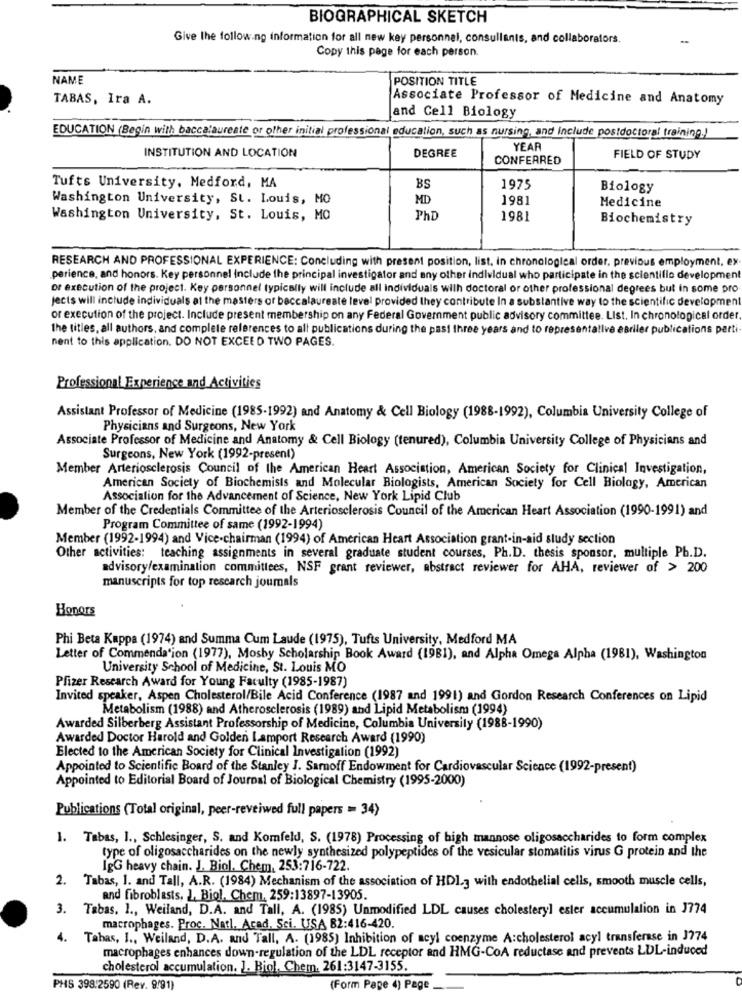
BIOGRAPHICAL SKETCH
Give the following information for all new key personnel, consullants, and collaborators.
Copy this page for each person.
NAME
POSITION TITLE
TABAS, Ira A.
Associate Professor of Medicine and Anatomy
and Cell Biology
EDUCATION (Begin with baccalaureate or other initial professional education, such as nursing, and include postdoctoral training.)
YEAR
INSTITUTION AND LOCATION
DEGREE
CONFERRED
FIELD OF STUDY
Tufts University, Medford, MA
BS
1975
Biology
Washington University, St. Louis, MO
MD
1981
Medicine
Washington University, St. Louis, MO
PhD
1981
Biochemistry
RESEARCH AND PROFESSIONAL EXPERIENCE: Concluding with present position, list, in chronological order, previous employment, ex
perience, and honors. Key personnel Include the principal investigator and any other individual who participate in the scientific development
or execution of the project. Key personnel typically will include all individuals wilh doctoral or other professional degrees but in some pro
Jects will include individuals at the masters or baccalaureate level provided they contribute In a substantive way to the scientific development
or execution of the project. Include present membership on any Federal Government public advisory committee. List. In chronological order.
the titles, all authors, and complete references to all publications during the past three years and to representallve aBriler publications perti
nent to this application. DO NOT EXCEED TWO PAGES.
Professional Experience and Activities
Assistant Professor of Medicine (1985-1992) and Anatomy & Cell Biology (1988-1992), Columbia University College of
Physicians and Surgeons, New York
Associate Professor of Medicine and Anatomy & Cell Biology (tenured), Columbia University College of Physicians and
Surgeons, New York (1992-present)
Member Arteriosclerosis Council of the American Heart Association, American Society for Clinical Investigation,
American Society of Biochemists and Molecular Biologists, American Society for Cell Biology, American
Association for the Advancement of Science, New York Lipid Club
Member of the Credentials Committee of the Arteriosclerosis Council of the American Heart Association (1990-1991) and
Program Committee of same (1992-1994)
Member (1992-1994) and Vice-chairman (1994) of American Heart Association grant-in-aid study section
Other activities: teaching assignments in several graduate student courses, Ph.D. thesis sponsor, multiple Pb.D.
advisory/examination committees, NSF grant reviewer, abstract reviewer for AHA, reviewer of > 200
manuscripts for top research joumals
Honors
Phi Beta Kappa (1974) and Summa Cum Laude (1975), Tufts University, Medford MA
Letter of Commendation (1977), Mosby Scholarship Book Award (1981), and Alpha Omega Alpha (1981), Washington
University School of Medicine, St. Louis MO
Pfizer Research Award for Young Faculty (1985-1987)
Invited speaker, Aspen Cholesterol/Bile Acid Conference (1987 and 1991) and Gordon Research Conferences on Lipid
Metabolism (1988) and Atherosclerosis (1989) and Lipid Metabolism (1994)
Awarded Silberberg Assistant Professorship of Medicine, Columbia University (1988-1990)
Awarded Doctor Harold and Golden Lamport Research Award (1990)
Elected to the American Society for Clinical Investigation (1992)
Appointed to Scientific Board of the Stanley J. Sarnoff Endowment for Cardiovascular Science (1992-present)
Appointed to Editorial Board of Journal of Biological Chemistry (1995-2000)
Publications (Total original, peer-reveiwed full papers = 34)
1. Tabas, I ., Schlesinger, S. and Komfeld, S. (1978) Processing of high mannose oligosaccharides to form complex
type of oligosaccharides on the newly synthesized polypeptides of the vesicular stomatitis virus G protein and the
IgG heavy chain. J. Biol. Chem, 253:716-722.
2. Tabas, 1. and Tall, A.R. (1984) Mechanism of the association of HDL3 with endothelial cells, smooth muscle cells,
and fibroblasts, J, Biol, Chem, 259:13897-13905.
3. Tabas. 1 ., Weiland, D.A. and Tall, A. (1985) Unmodified LDL causes cholesteryl ester accumulation in J774
macrophages. Proc. Natl. Acad. Sci. USA 82:416-420.
4.
Tabas, I ., Weiland, D.A. and Tall, A. (1985) Inhibition of acyl coenzyme A:cholesterol acyl transferase in J774
macrophages enhances down-regulation of the LDL receptor and HMG-COA reductase and prevents LDL-induced
cholesterol accumulation. ]. Biol, Chem. 261:3147-3155.
PHS 398.2590 (Rev. 9/91)
(Form Pape 4) Page